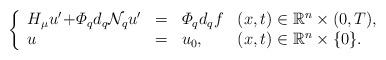
LaTeX: \begin{align*} \left\{\begin{array}{llll}H_\mu u' \! + \! \varPhi_q d_q {\mathcal N}_q u' & = & \varPhi_q d_q f & (x,t) \in {\mathbb R}^n \times (0,T), \\ u& =& u_0,& (x,t) \in \mathbb{R}^n \times \{ 0 \}.\end{array}\right.\end{align*}